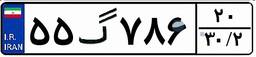
۸۱گ۸۳۴۷۸